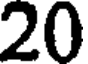
20